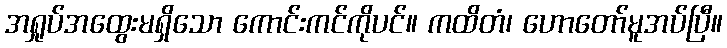
အရှုပ်အထွေးမရှိသော ကောင်းကင်ကိုပင်။ ကထိတံ၊ ဟောတော်မူအပ်ပြီ။